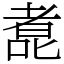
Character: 㗯